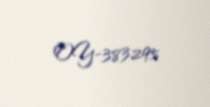
OY-383295